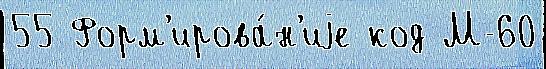
55 Форм'ирова́н'иjе код М-60